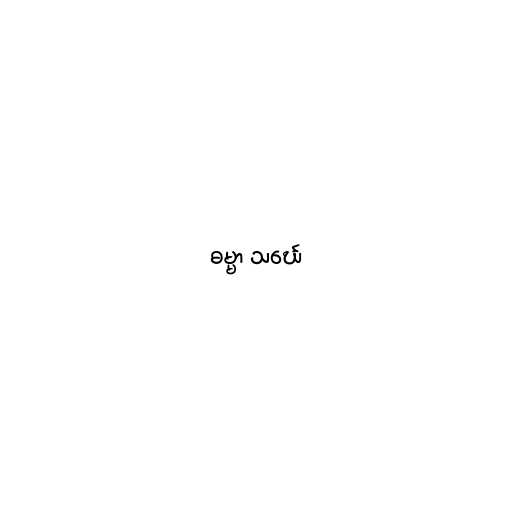
ဓမ္မာ သင်္ဃေ